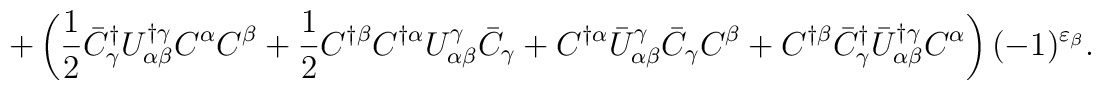
+\left(\frac{1}{2}\bar{C}^\dagger_\gamma U^{\dagger\gamma}_{\alpha\beta}C^\alpha C^\beta+\frac{1}{2}C^{\dagger\beta}C^{\dagger\alpha}U^\gamma_{\alpha\beta}\bar{C}_\gamma+C^{\dagger\alpha}\bar{U}^\gamma_{\alpha\beta}\bar{C}_\gamma C^\beta+C^{\dagger\beta}\bar{C}^\dagger_\gamma\bar{U}^{\dagger\gamma}_{\alpha\beta}C^\alpha\right)(-1)^{\varepsilon_\beta}.